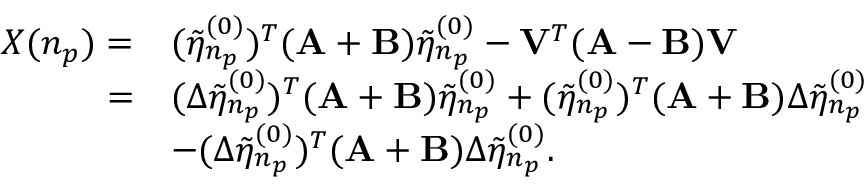
\begin{array} { r l } { X ( n _ { p } ) = } & { ( \tilde { \eta } _ { n _ { p } } ^ { ( 0 ) } ) ^ { T } ( \mathbf { A } + \mathbf { B } ) \tilde { \eta } _ { n _ { p } } ^ { ( 0 ) } - \mathbf { V } ^ { T } ( \mathbf { A } - \mathbf { B } ) \mathbf { V } } \\ { = } & { ( \Delta \tilde { \eta } _ { n _ { p } } ^ { ( 0 ) } ) ^ { T } ( \mathbf { A } + \mathbf { B } ) \tilde { \eta } _ { n _ { p } } ^ { ( 0 ) } + ( \tilde { \eta } _ { n _ { p } } ^ { ( 0 ) } ) ^ { T } ( \mathbf { A } + \mathbf { B } ) \Delta \tilde { \eta } _ { n _ { p } } ^ { ( 0 ) } } \\ & { - ( \Delta \tilde { \eta } _ { n _ { p } } ^ { ( 0 ) } ) ^ { T } ( \mathbf { A } + \mathbf { B } ) \Delta \tilde { \eta } _ { n _ { p } } ^ { ( 0 ) } . } \end{array}